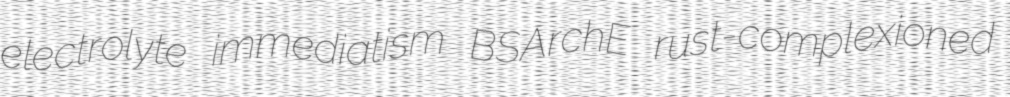
electrolyte immediatism BSArchE rust-complexioned